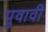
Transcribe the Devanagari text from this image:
पुवावी